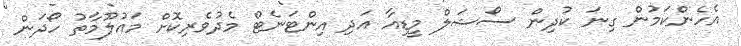
އެހެންކަމުން ގިނަ ކުދިން ސޯޝަލް މީޑިއާ އަދި އިންޓަނެޓް މެދުވެރިކޮށް މައުލޫމާތު ހޯދަން